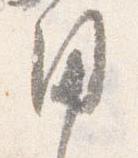
用